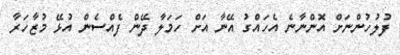
ފުލުހުންނަށް އޮންނާނެ އެހައްގު އޭނާ އަށް ހަމަލާ ދޭން ފެއްސެން އުޅޭ މުޒާހަރާ